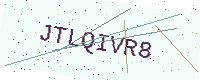
Text: JTLQIVR8